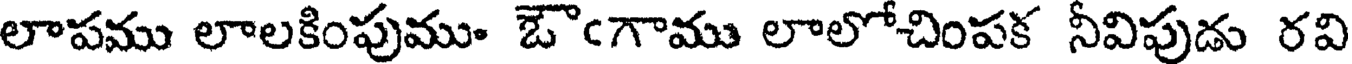
లాపము లాలకింపుము ఔఁగాము లాలోచింపక నీవిపుడు రవి